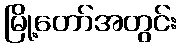
မြို့တော်အတွင်း